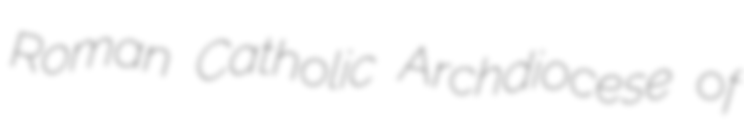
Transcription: Roman Catholic Archdiocese of